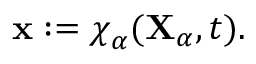
\begin{array} { r } { \mathbf { x } : = \boldsymbol { \chi } _ { \alpha } ( \mathbf { X } _ { \alpha } , t ) . } \end{array}